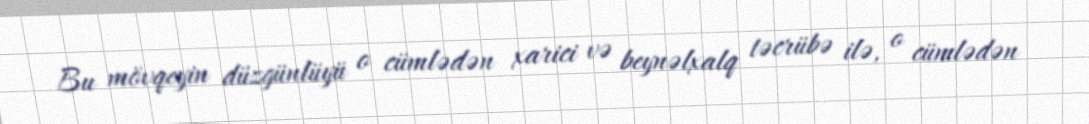
Bu mövqeyin düzgünlüyü o cümlədən xarici və beynəlxalq təcrübə ilə, o cümlədən